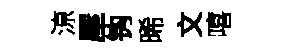
鿌屋钩晞文嘻